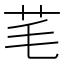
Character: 芼